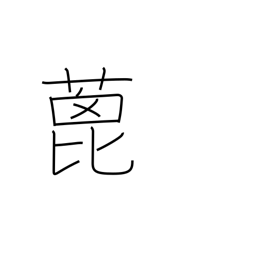
Meaning: castor-oil plant